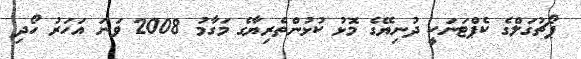
ޕޯޗުގަލްގެ ކެޕްޓަނަކީ ދުނިޔޭގެ މޮޅު ކުޅުންތެރިޔާގެ މަގާމު 2008 ވަނަ އަހަރު ހޯދި